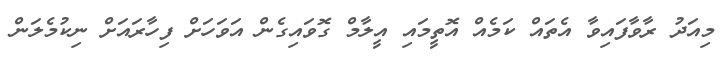
މިއަދު ރާވާފައިވާ އެތައް ކަމެއް އޮތީމައި އީލާމް ގޮވައިގެން އަވަހަށް ފިހާރައަށް ނިކުމެލަން